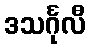
ဒသင်္ဂုလီ